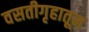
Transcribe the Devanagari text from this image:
वसतीगृहातून